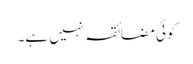
کوئی مضائقہ نہیں ہے۔